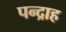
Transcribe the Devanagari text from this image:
पन्द्राह